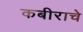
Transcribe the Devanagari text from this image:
कबीराचे